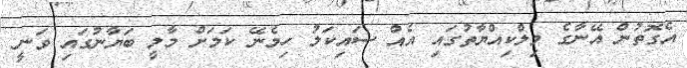
އެގޮތުން އޭނާގެ މިލްކިއްޔާތުގައި އެއް ސައިކަލު ހިމެނޭ ކަމަށް މާލީ ބަޔާނުގައި ވަނީ